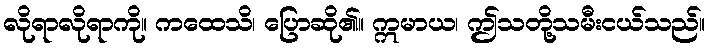
လိုရာလိုရာကို။ ကထေသိ၊ ပြောဆို၏။ ဣမာယ၊ ဤသတို့သမီးငယ်သည်။